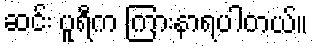
ဆင်း ပူရီက ကြားနာရပါတယ်။